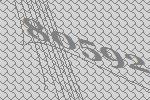
80592